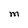
Character: M